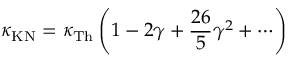
\kappa _ { \mathrm { K N } } = \kappa _ { \mathrm { T h } } \left( 1 - 2 \gamma + \frac { 2 6 } { 5 } \gamma ^ { 2 } + \cdots \right)